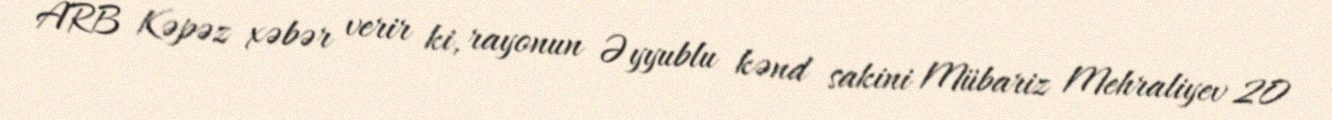
ARB Kəpəz xəbər verir ki, rayonun Əyyublu kənd sakini Mübariz Mehraliyev 20